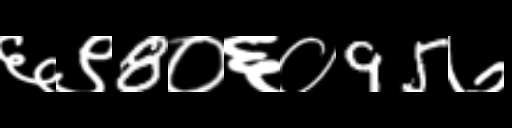
Text: ६९8०६०95७